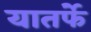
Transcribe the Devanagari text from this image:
यातर्फे